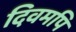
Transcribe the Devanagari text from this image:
दिवमपि